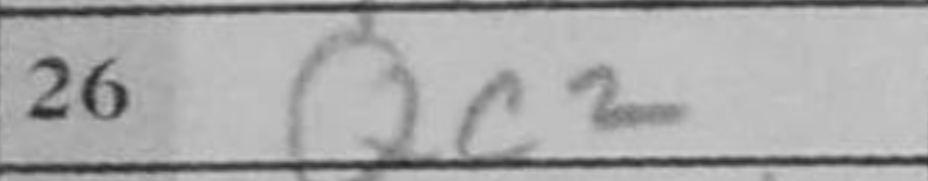
Transcription: Qc2